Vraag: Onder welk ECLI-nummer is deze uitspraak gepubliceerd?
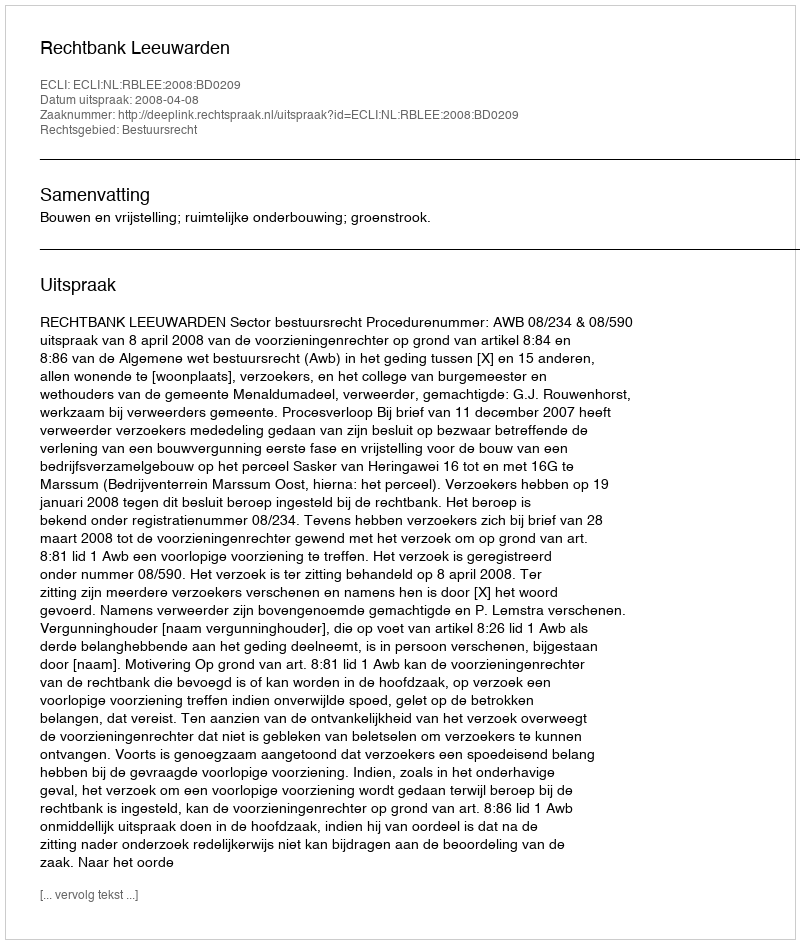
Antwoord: ECLI:NL:RBLEE:2008:BD0209